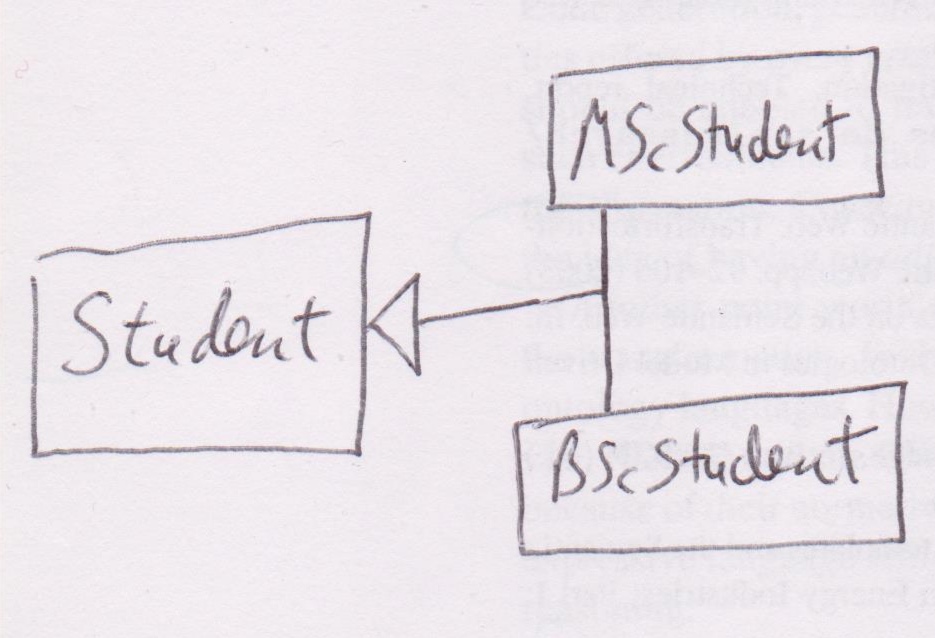
Diagram type: class_diagram
```plantuml
@startuml

skinParam groupInheritance 2

class Student

class MScStudent extends Student

class BScStudent extends Student

@enduml
```